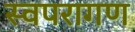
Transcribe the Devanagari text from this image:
स्वपरागण